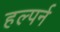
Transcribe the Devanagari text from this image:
हल्पर्न